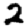
Digit: 2